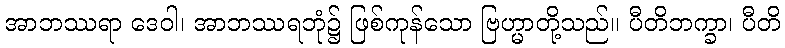
အာဘဿရာ ဒေဝါ၊ အာဘဿရဘုံ၌ ဖြစ်ကုန်သော ဗြဟ္မာတို့သည်။ ပီတိဘက္ခာ၊ ပီတိ